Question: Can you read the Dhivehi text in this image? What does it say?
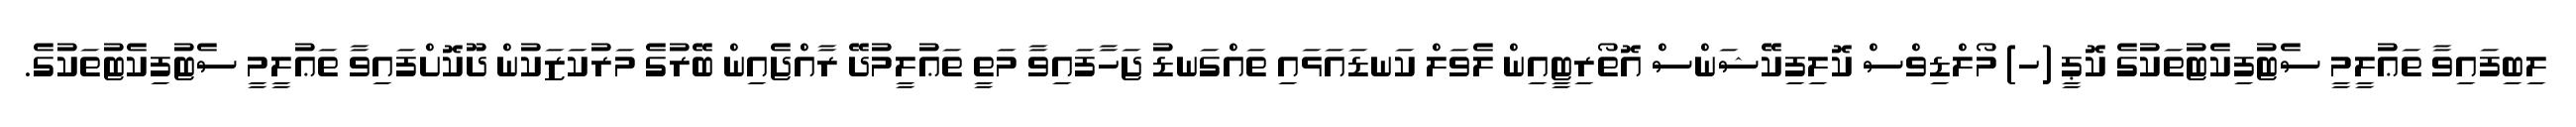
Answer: ލިބިފައިވާ ތަޢުލީމީ ސެޓުފިކެޓުތަކުގެ ކޮޕީ (ހ) މޯލްޑިވްސް ކޮލިފިކޭޝަންސް އޮތޯރިޓީއިން ލެވަލް ކަނޑައަޅައި ތައްގަނޑު ޖަހާފައިވާ މަތީ ތަޢުލީމުދޭ ރާއްޖެއިން ބޭރުގެ މަރުކަޒަކުން ދޫކޮށްފައިވާ ތަޢުލީމީ ސެޓުފިކެޓުތަކުގެ.